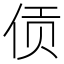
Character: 𫢟